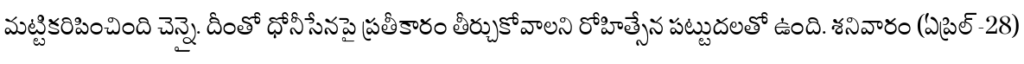
మట్టికరిపించింది చెన్నై. దీంతో ధోనీసేనపై ప్రతీకారం తీర్చుకోవాలని రోహిత్సేన పట్టుదలతో ఉంది. శనివారం (ఏప్రిల్-28)